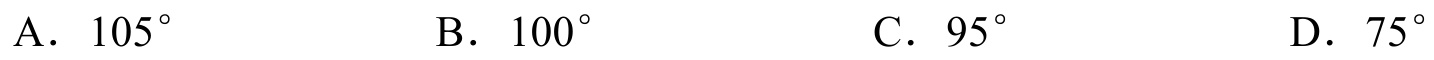
A．$105^{\circ}$  B．$100^{\circ}$  C．$95^{\circ}$  D．$75^{\circ}$